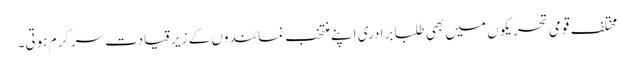
مختلف قومی تحریکوں میں بھی طلبا برادری اپنے منتخب نمائندوں کے زیرِقیادت سرگرم ہوتی۔